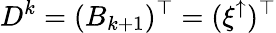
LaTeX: D^{k}=(B_{k+1})^{\top}=(\xi^{\uparrow})^{\top}